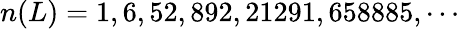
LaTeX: n(L)=1,6,52,892,21291,658885,\cdots